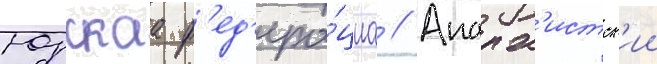
Юрскаа ф'ед'ера́циа // Анарх'истск'ии